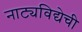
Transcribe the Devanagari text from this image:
नाट्यविद्येची